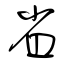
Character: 省